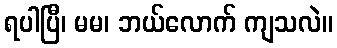
ရပါပြီ၊ မမ၊ ဘယ်လောက် ကျသလဲ။